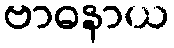
ဗာဓနာယ